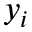
y _ { i }